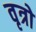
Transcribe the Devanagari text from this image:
वृत्रो